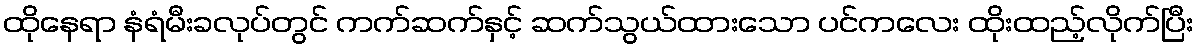
ထိုနေရာ နံရံမီးခလုပ်တွင် ကက်ဆက်နှင့် ဆက်သွယ်ထားသော ပင်ကလေး ထိုးထည့်လိုက်ပြီး